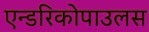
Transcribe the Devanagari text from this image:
एन्डरिकोपाउलस